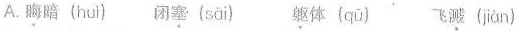
A.\underset{·}{晦}暗( huì )闭\underset{·}{塞}( sāi ) \underset{·}{躯}体( qū ) 飞\underset{·}{溅}( jiàn )